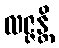
လဇ္ဇန္တိ